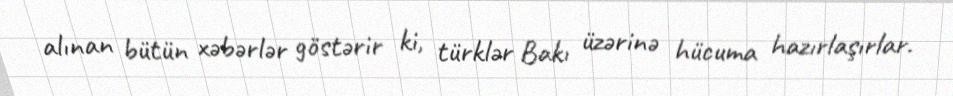
alınan bütün xəbərlər göstərir ki, türklər Bakı üzərinə hücuma hazırlaşırlar.